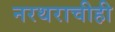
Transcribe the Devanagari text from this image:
नरथराचीही